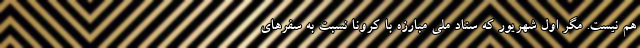
هم نیست. مگر اول شهریور که ستاد ملی مبارزه با کرونا نسبت به سفرهای